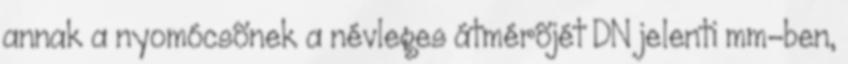
annak a nyomócsõnek a névleges átmérõjét DN jelenti mm-ben,